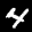
Label: 4